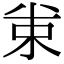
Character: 𠔗